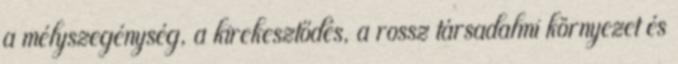
a mélyszegénység, a kirekesztődés, a rossz társadalmi környezet és